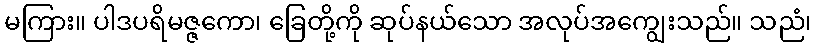
မကြား။ ပါဒပရိမဇ္ဇကော၊ ခြေတို့ကို ဆုပ်နယ်သော အလုပ်အကျွေးသည်။ သညံ၊